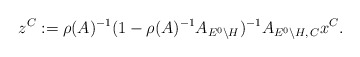
\begin{align*}z^C:=\rho(A)^{-1}(1-\rho(A)^{-1}A_{E^0\backslash H})^{-1}A_{E^0\backslash H,\,C}x^C.\end{align*}